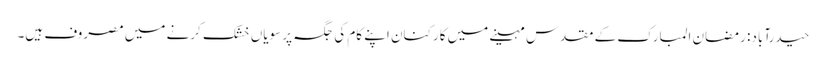
حیدرآباد: رمضان المبارک کے مقدس مہینے میں کارکنان اپنے کام کی جگہ پر سویاں خشک کرنے میں مصروف ہیں۔